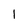
Character: 1